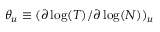
\theta _ { u } \equiv ( \partial \log ( T ) / \partial \log ( N ) ) _ { u }